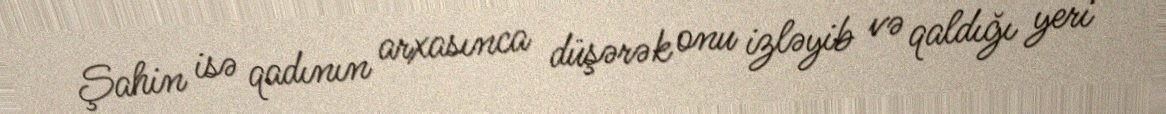
Şahin isə qadının arxasınca düşərək onu izləyib və qaldığı yeri